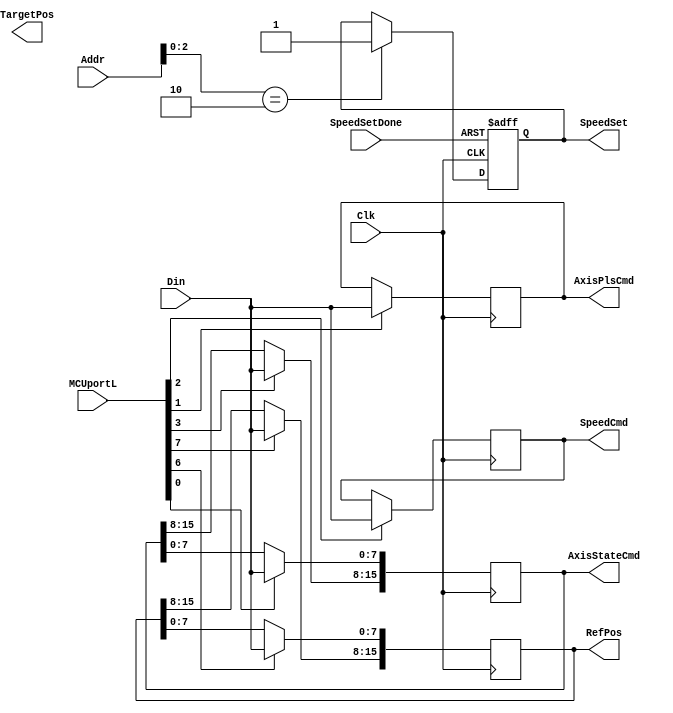
module Axis_WR(
						Clk,
						Addr,
						MCUportL,
						Din,
						SpeedSetDone,						
						
						SpeedSet,
						AxisStateCmd,
						AxisPlsCmd,
						SpeedCmd,
						TargetPos,
						RefPos
    );
input				Clk;
input[7:0]		Addr;
input[15:0]		MCUportL;
input[7:0]		Din;

output[15:0]		AxisStateCmd;
output[7:0]		AxisPlsCmd;
output[7:0]		SpeedCmd;
output[15:0]	TargetPos;
output[15:0]	RefPos;
reg[7:0]			AxisPlsCmd,SpeedCmd;
reg[15:0]		AxisStateCmd;
reg[15:0]		RefPos;
reg[15:0]		TargetPos;



input		SpeedSetDone;
output	reg	SpeedSet;
always @(posedge Clk or posedge SpeedSetDone)			//add by tt
	begin
		if(SpeedSetDone)
			SpeedSet <= 1'b0;
		else if(Addr[2:0] == 3'h2)
			SpeedSet <= 1'b1;
	end
//Din: large fan-out. 
/*
assign	AxisStateCmd =((~Clk) & MCUportL[0]) ?Din :8'h00;
assign	AxisPlsCmd =((~Clk) & MCUportL[1]) ?Din :8'h00;
/*
always @(AxisCmd)
	begin
		if(MCUportL[0])
			AxisStateCmd <=AxisCmd;
		if(MCUportL[1])
			AxisPlsCmd <=AxisCmd;
		if(MCUportL[2])
			SpeedCmd <=AxisCmd;
		if(MCUportL[3])
			SpeedFallOut <=AxisCmd;
		if(MCUportL[4])
			TargetPos[7:0] <=AxisCmd;
		if(MCUportL[5])
			TargetPos[15:8] <=AxisCmd;
		if(MCUportL[6])
			RefPos[7:0] <=AxisCmd;
		if(MCUportL[7])
			RefPos[15:8] <=AxisCmd;
	end
*/

always @(posedge Clk)
	begin
		if(MCUportL[0])
			AxisStateCmd[7:0] <=Din;
		if(MCUportL[1])
			AxisPlsCmd <=Din;
		if(MCUportL[2])
			SpeedCmd <=Din;
		if(MCUportL[3])
			AxisStateCmd[15:8] <=Din;
//		if(MCUportL[4])
//			TargetPos[7:0] <=Din;
//		if(MCUportL[5])
//			TargetPos[15:8] <=Din;
		if(MCUportL[6])
			RefPos[7:0] <=Din;
		if(MCUportL[7])
			RefPos[15:8] <=Din;
	end

/*
always @(posedge Clk)
	begin
		case(Addr[2:0])
			3'b000:	
				AxisStateCmd <=Din;				
			3'b001:	
				AxisPlsCmd <=Din;
			3'b010:	
				SpeedCmd <=Din;			//In case of the semi-stable state of the clock division module ,SpeedCmd should be stable before it is added to the sCnt every time it is writen. 
			3'b011:
				SpeedFallOut <=Din;
			3'b100:
				TargetPos[7:0] <=Din;
			3'b101:	
				TargetPos[15:8] <=Din;
			3'b110:
				RefPos[7:0] <=Din;
			3'b111:
				RefPos[15:8] <=Din;
		endcase
	end
*/

endmodule